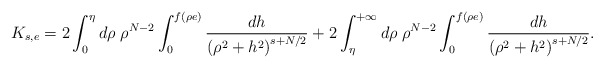
\begin{align*}K_{s,e}=2\int_0^\eta d\rho\;\rho^{N-2}\int_0^{f(\rho e)}\frac{dh}{\left(\rho^2+h^2\right)^{s+N/2}}+2\int_\eta^{+\infty}d\rho\;\rho^{N-2}\int_0^{f(\rho e)}\frac{dh}{\left(\rho^2+h^2\right)^{s+N/2}}.\end{align*}